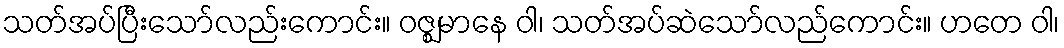
သတ်အပ်ပြီးသော်လည်းကောင်း။ ဝဇ္ဈမာနေ ဝါ၊ သတ်အပ်ဆဲသော်လည်ကောင်း။ ဟတေ ဝါ၊